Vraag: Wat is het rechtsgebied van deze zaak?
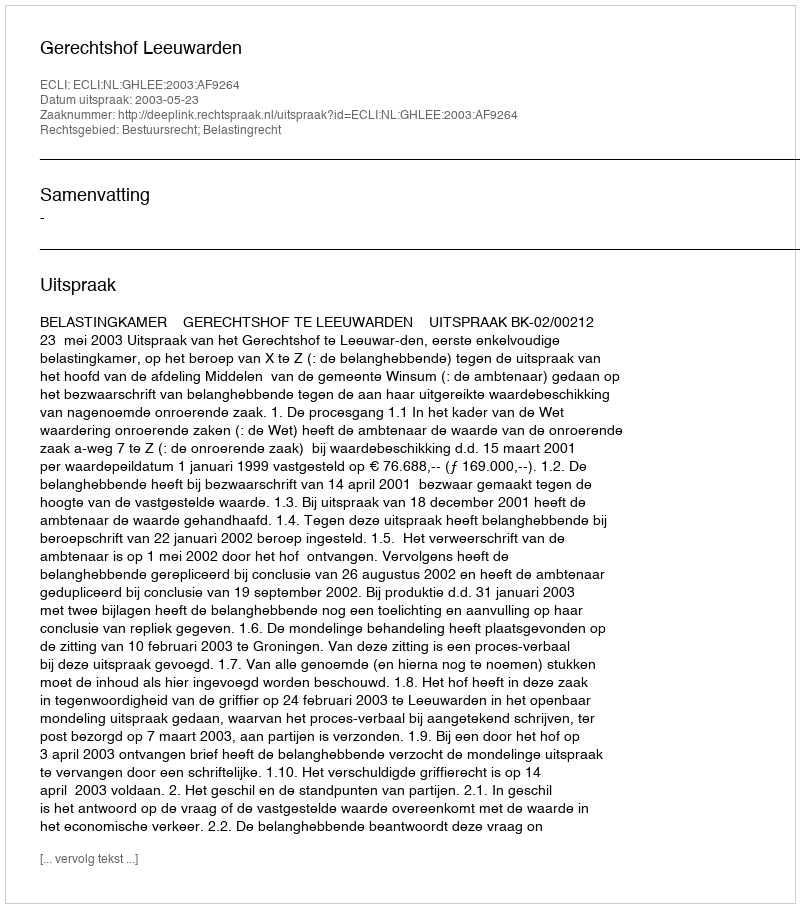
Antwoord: Bestuursrecht; Belastingrecht